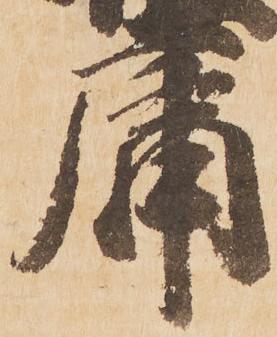
庸